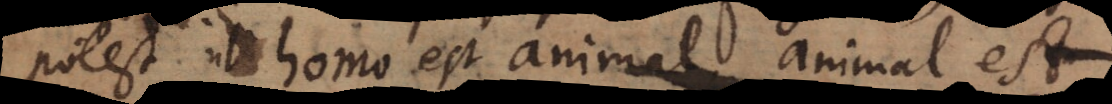
otest ut homo est animal, animal est